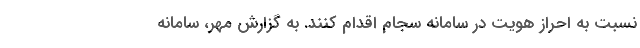
نسبت به احراز هویت در سامانه سجام اقدام کنند. به گزارش مهر، سامانه